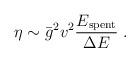
LaTeX: \begin{align*}\eta\sim\bar{g}^2 v^2 \frac{E_{{\rm spent}}}{\Delta E} \; .\end{align*}